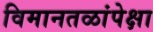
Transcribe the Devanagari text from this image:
विमानतळांपेक्षा